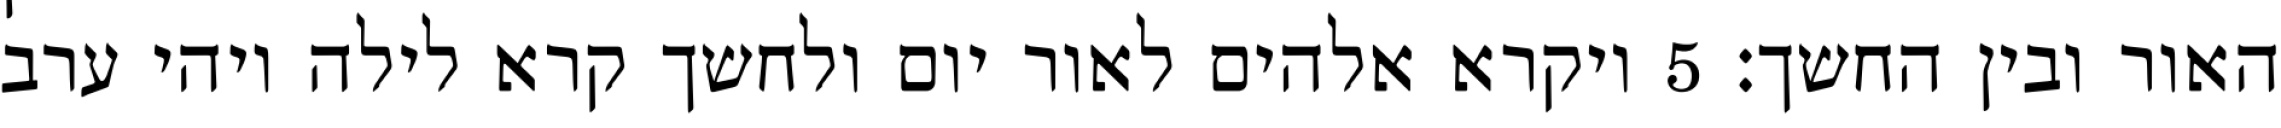
האור ובין החשך׃ ‎5‏ ויקרא אלהים לאור יום ולחשך קרא לילה ויהי ערב